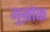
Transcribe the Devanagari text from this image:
गुम्रोक